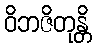
ဝိဘဇိတုန္တိ